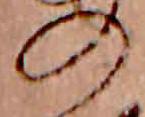
の